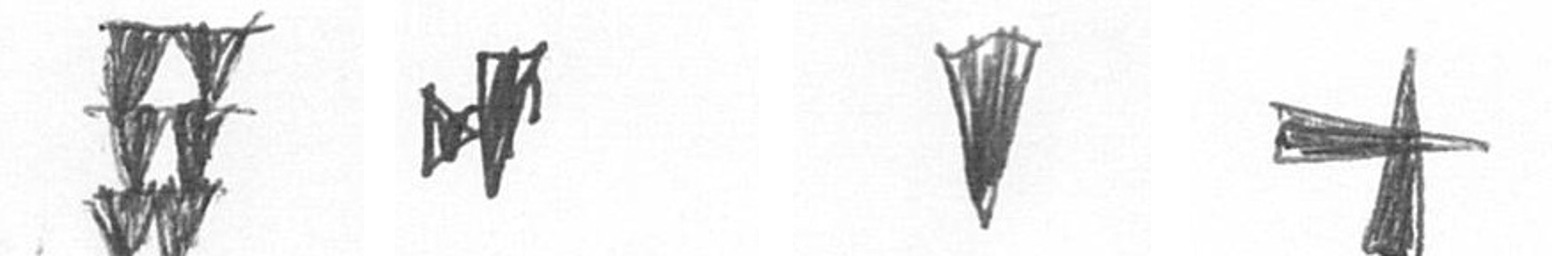
Y M J G